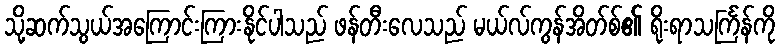
သို့ဆက်သွယ်အကြောင်းကြားနိုင်ပါသည် ဖန်တီးလေသည် မယ်လ်ကွန်အိတ်စ်၏ ရိုးရာသင်္ကြန်ကို